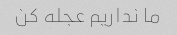
ما نداریم عجله کن